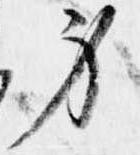
身